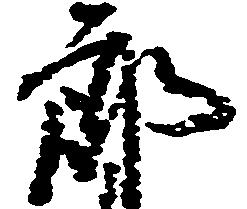
郎